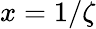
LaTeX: x=1/\zeta